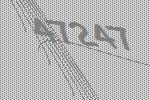
47247